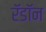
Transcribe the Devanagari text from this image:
रॅडॉन